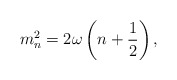
\begin{align*}m_{n}^{2}=2\omega \left( n+\frac{1}{2}\right) , \end{align*}